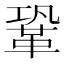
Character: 鞏